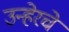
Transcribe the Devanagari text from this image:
उन्हेरचे